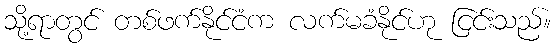
သို့ရာတွင် တစ်ဖက်နိုင်ငံက လက်မခံနိုင်ဟု ငြင်းသည်။